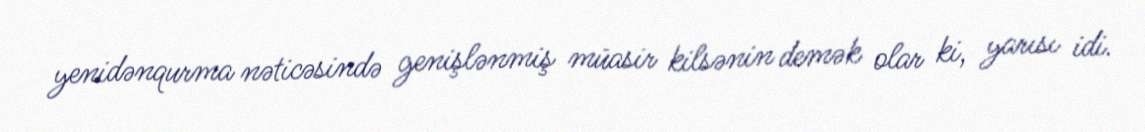
yenidənqurma nəticəsində genişlənmiş müasir kilsənin demək olar ki, yarısı idi.